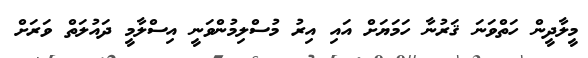
މީލާދީން ހަތްވަނަ ޤަރުނާ ހަމަޔަށް އައި އިރު މުސްލިމުންވަނީ އިސްލާމީ ދައުލަތް ވަރަށް